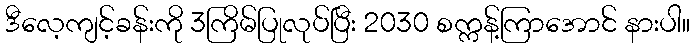
ဒီလေ့ကျင့်ခန်းကို 3ကြိမ်ပြုလုပ်ပြီး 2030 စက္ကန့်ကြာအောင် နားပါ။